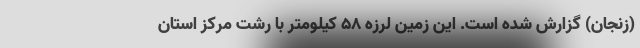
(زنجان) گزارش شده است. این زمین لرزه ۵۸ کیلومتر با رشت مرکز استان